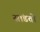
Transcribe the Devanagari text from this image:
सांडतो